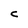
Character: C